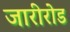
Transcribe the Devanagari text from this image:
जारीरोड